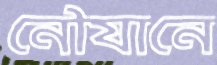
নৌযানে